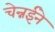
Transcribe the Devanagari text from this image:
चेन्नईने